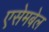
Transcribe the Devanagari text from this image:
एसेमबेल